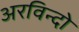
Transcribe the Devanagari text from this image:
अरविन्दो